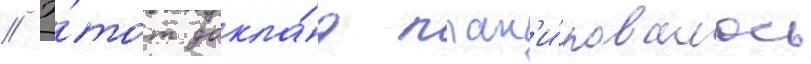
// Э́тот докла́д план'и́ровалось